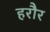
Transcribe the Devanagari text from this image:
हरौर